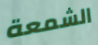
الشمعة